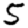
Digit: 5